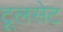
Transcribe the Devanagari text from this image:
टूलसेट